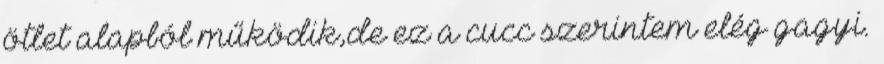
ötlet alapból működik,de ez a cucc szerintem elég gagyi.